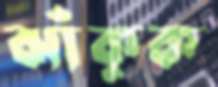
ঝাঁকুক